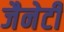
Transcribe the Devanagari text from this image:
जैनेटी